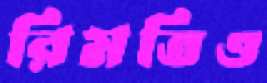
রিমতিও